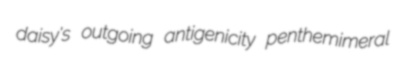
daisy's outgoing antigenicity penthemimeral